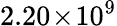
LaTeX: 2.20\! \times\! 10^{9}